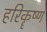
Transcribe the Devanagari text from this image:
हरिकॄष्ण